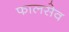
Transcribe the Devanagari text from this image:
फालसेव